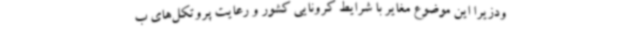
ودزیرا این موضوع مغایر با شرایط کرونایی کشور و رعایت پروتکل‌های ب